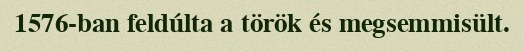
1576-ban feldúlta a török és megsemmisült.